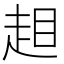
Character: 𧻃